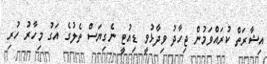
އިޝާރަތް ކުރައްވަމުން ޖިހާދު ވިދާޅުވީ ޑިއުޓީ ނެގިޔަސް ތެލުގެ އަގު މިހާރު ހުރި